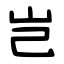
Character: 岂